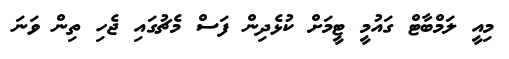
މިއީ ލަމްބާޓް ގައުމީ ޓީމަށް ކުޅެދިން ފަސް މެޗުގައި ޖެހި ތިން ވަނަ